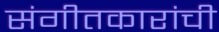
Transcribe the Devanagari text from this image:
संगीतकारांची